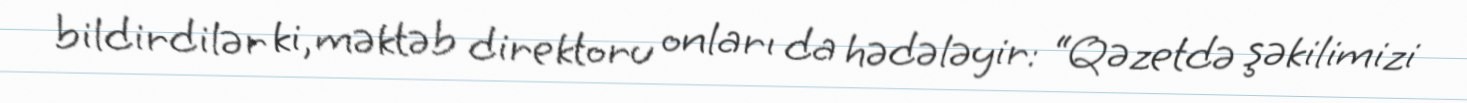
bildirdilər ki, məktəb direktoru onları da hədələyir: “Qəzetdə şəkilimizi